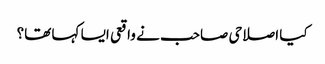
کیا اصلاحی صاحب نے واقعی ایسا کہا تھا؟